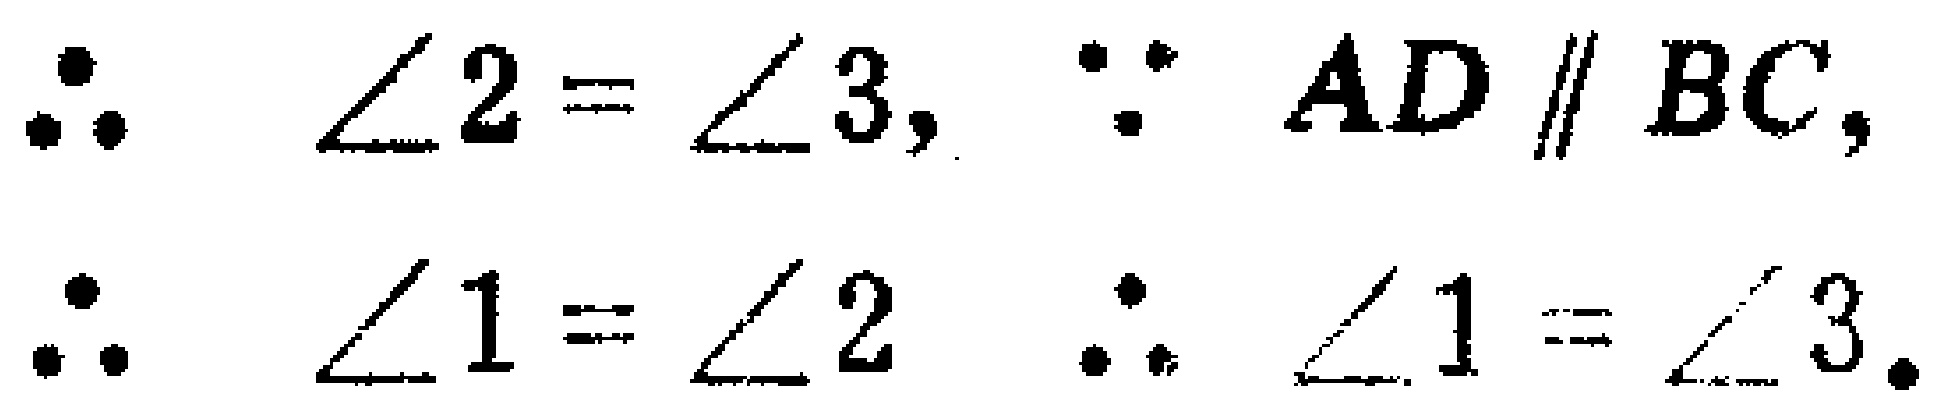
\(\because \angle 2 = \angle 3, \because AD \parallel BC,\)

\(\therefore \angle 1 = \angle 2 \ \therefore \angle 1 = \angle 3.\)